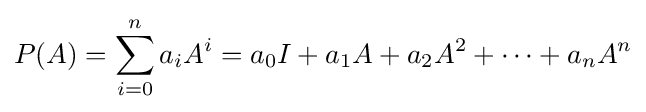
P(A)=\sum _{i=0}^{n}{a_{i}A^{i}}=a_{0}I+a_{1}A+a_{2}A^{2}+\cdots +a_{n}A^{n}